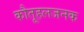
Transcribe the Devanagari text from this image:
कौतूहलजनक